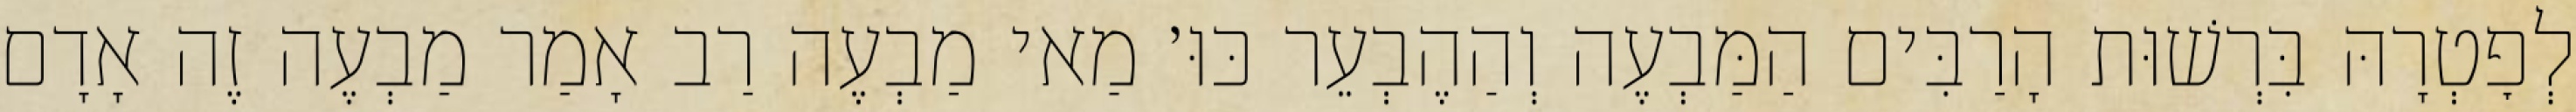
לְפׇטְרָהּ בִּרְשׁוּת הָרַבִּים הַמַּבְעֶה וְהַהֶבְעֵר כּוּ׳ מַאי מַבְעֶה רַב אָמַר מַבְעֶה זֶה אָדָם